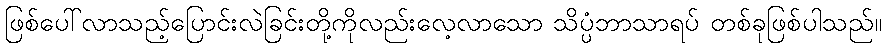
ဖြစ်ပေါ်လာသည့်ပြောင်းလဲခြင်းတို့ကိုလည်းလေ့လာသော သိပ္ပံဘာသာရပ် တစ်ခုဖြစ်ပါသည်။